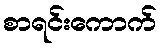
စာရင်းကောက်